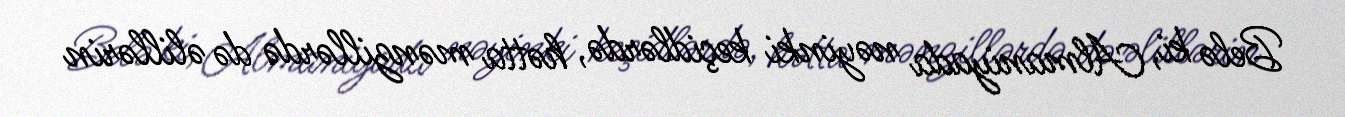
Belə ki, Almaniyada nəyinki keçidlərdə, hətta mənzillərdə də əlillərin